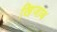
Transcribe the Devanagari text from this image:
खिजाब